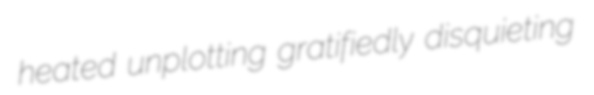
heated unplotting gratifiedly disquieting